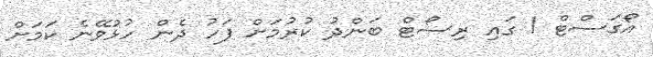
އޯގަސްޓް 1 ގައި ރިސޯޓް ބަންދު ކުރުމަށް ފަހު ދެން ހުޅުވޭނެ ކަމަށް